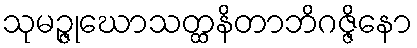
သုမဉ္ဇုဃောသတ္ထနိတာဘိဂဇ္ဇိနော